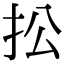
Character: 𢪌